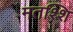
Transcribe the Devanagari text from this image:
मतश्शि